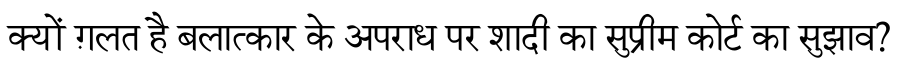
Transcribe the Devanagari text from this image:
क्यों ग़लत है बलात्कार के अपराध पर शादी का सुप्रीम कोर्ट का सुझाव?